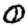
Digit: 0